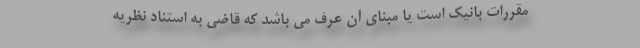
مقررات بانیک است یا مبنای آن عرف می باشد که قاضی به استناد نظریه